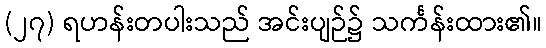
(၂၇) ရဟန်းတပါးသည် အင်းပျဉ်၌ သင်္ကန်းထား၏။